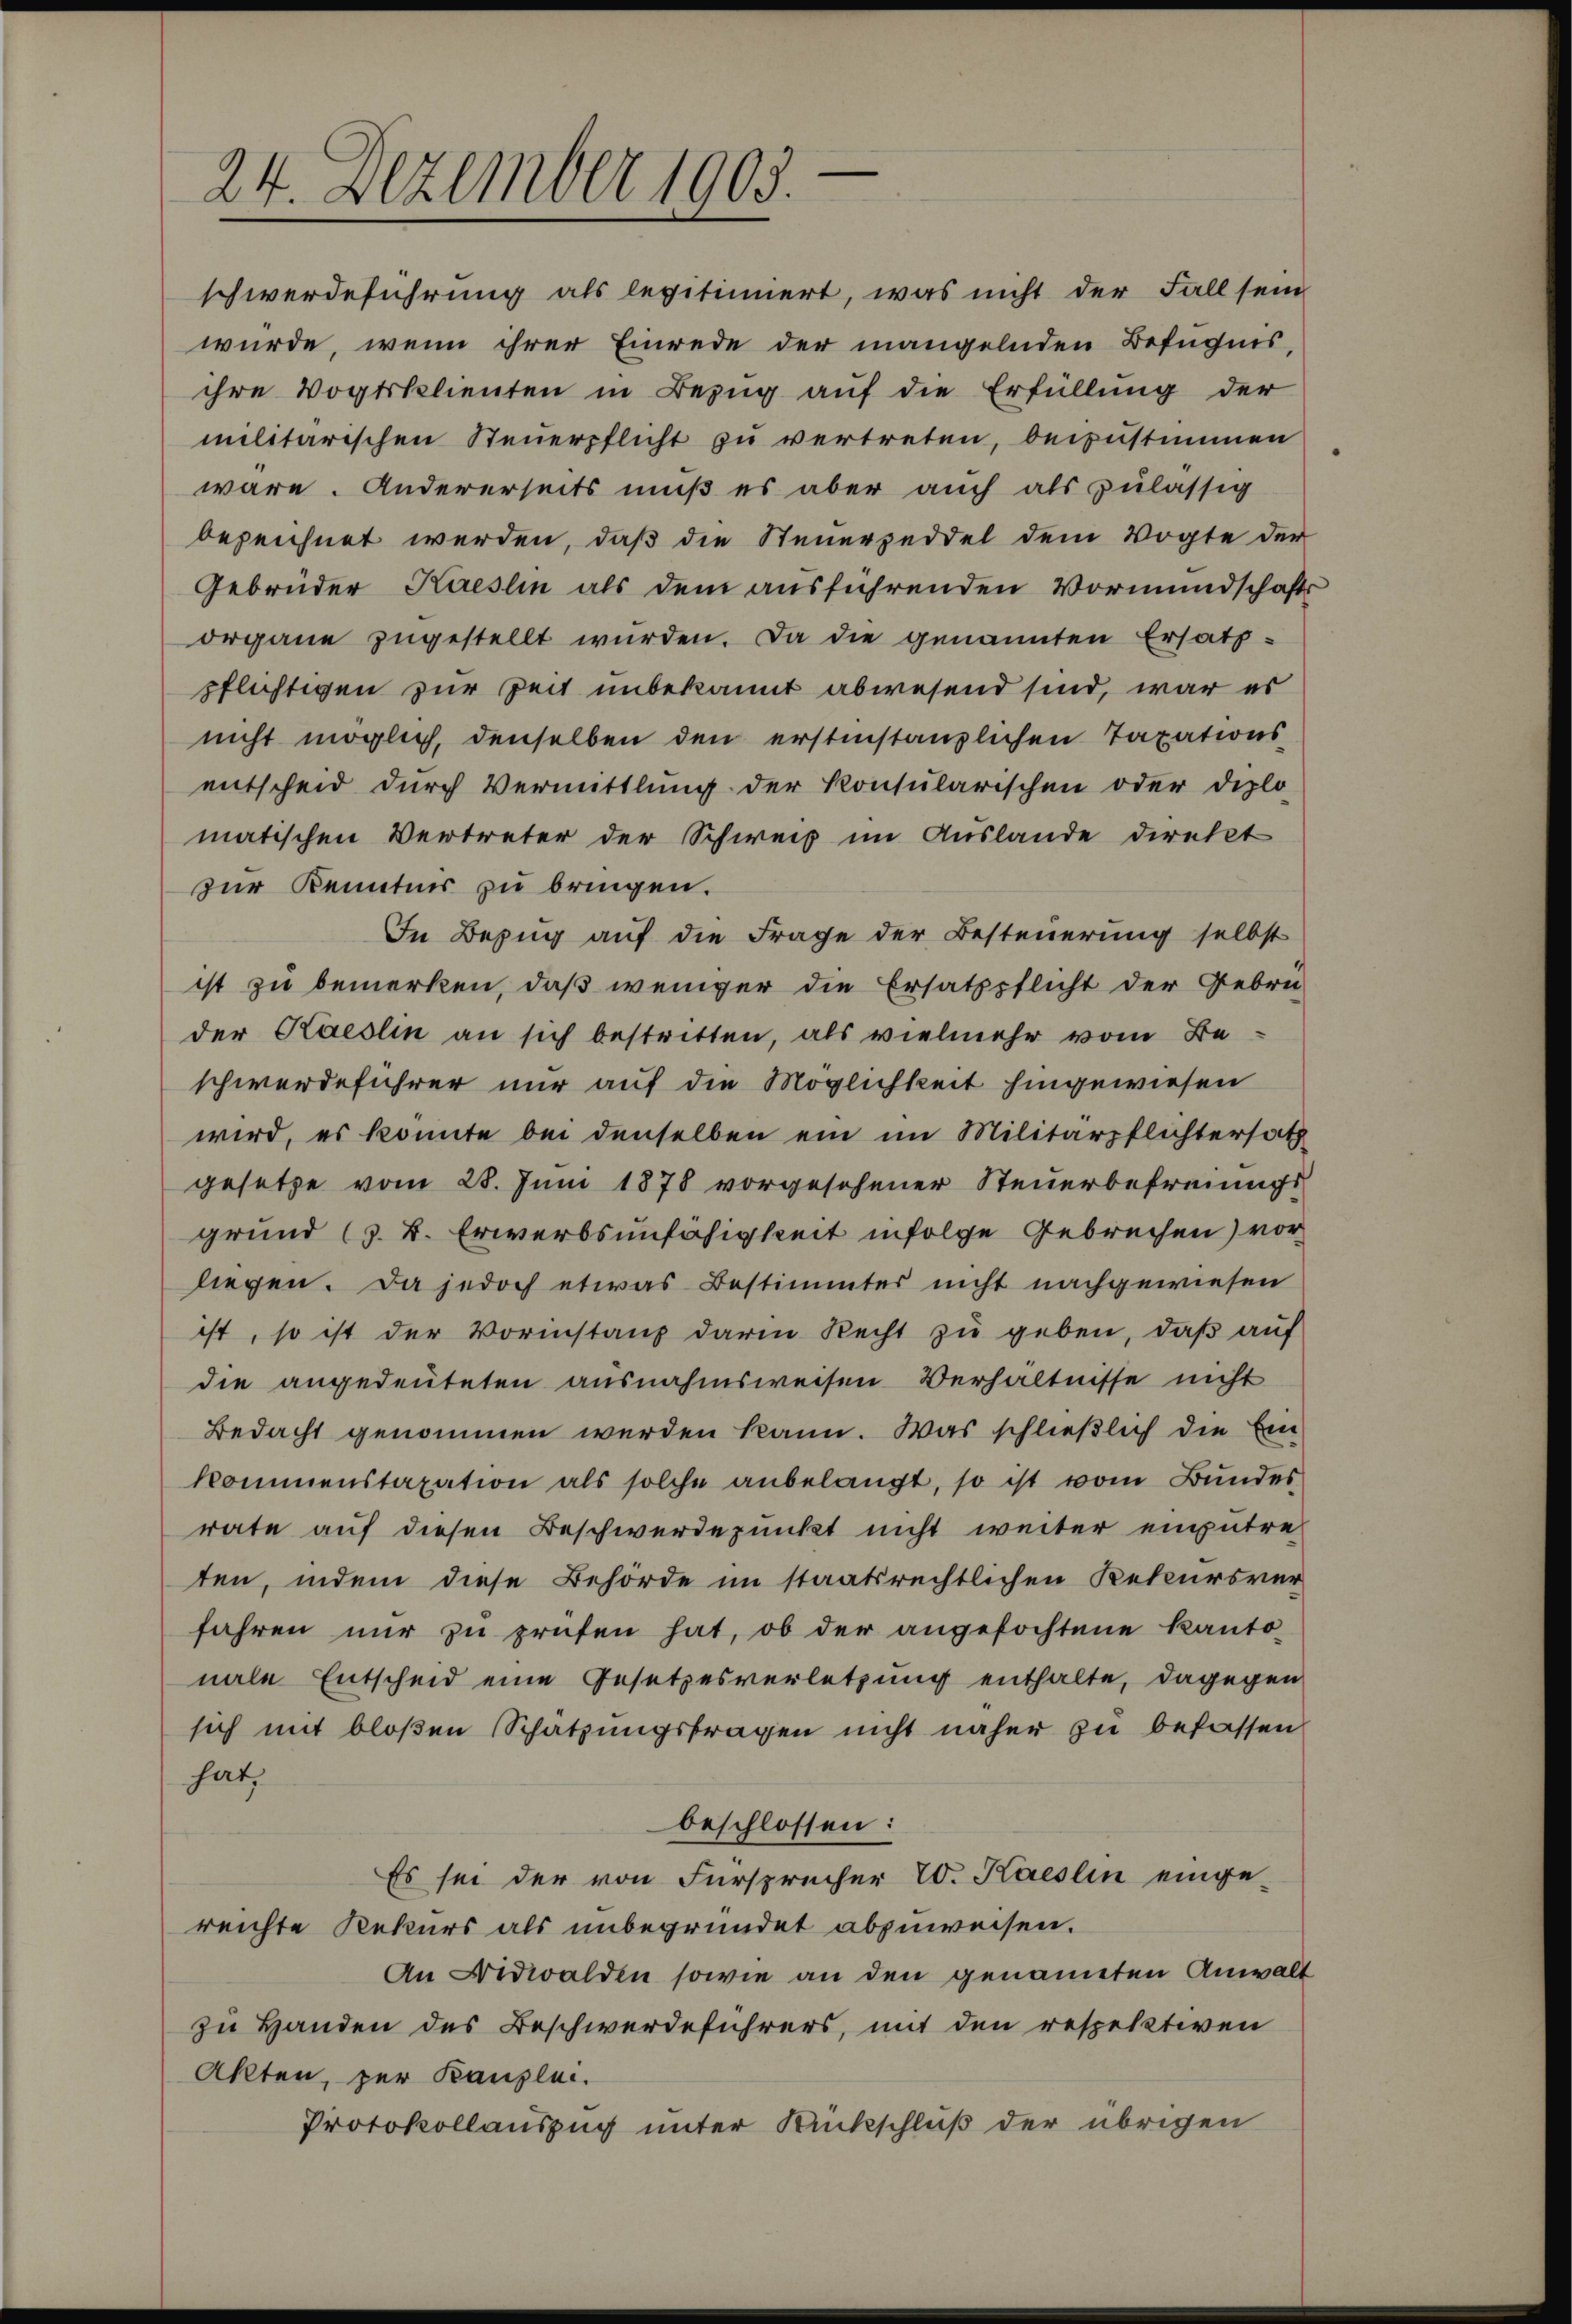
24. Dezember 1903.

schwerdeführung als legitimiert, was nicht der Fall sein
würde, wenn ihrer Einrede der mangelnden Befugnis,
ihre Vogtsklienten in Bezug auf die Erfüllung der
militärischen Steuerpflicht zu vertreten, beizustimmen
wäre. Andererseits muß es aber auch als zulässig
bezeichnet werden, daß die Steuerzeddel dem Vogte der
Gebrüder Kaeslin als dem ausführenden Vormundschaft
organe zugestellt wurden. Da die genannten Ersatz-
pflichtigen zur Zeit unbekannt abwesend sind, war es
nicht möglich, denselben den erstinstanzlichen Taxationsentscheid durch Vermittlung der Konsularischen oder Diplo
matischen Vertreter der Schweiz im Auslande direkt
zur Kenntnis zu bringen.
In Bezug auf die Frage der Besteuerung selbst
ist zu bemerken, daß weniger die Ersatzpflicht der Gebrü-
der Kaeslin an sich bestritten, als vielmehr vom Be
schwerdeführer nur auf die Möglichkeit hingewiesen
wird, es konnte bei denselben ein im Militärpflichtersatz
gesetze vom 28. Juni 1878 vorgesehener Steuerbefreiungs
grund (z. B. Erwerbsunfähigkeit infolge Gebrechen) vor
liegen. Da jedoch etwas Bestimmtes nicht nachgewiesen
ist, so ist der Vorinstanz darin Recht zu geben, daß auf
die angedeuteten ausnahmsweisen Verhältnisse nicht
Bedacht genommen werden kann. Was schließlich die Ein
kommenstaxation als solche anbelangt, so ist vom Bundes
rate auf diesen Beschwerdepunkt nicht weiter empütre-
ten, indem diese Behörde im staatsrechtlichen Rekursver
fahren nŭr zŭ prüfen hat, ob der angefochtene Kanto-
nale Entscheid eine Gesetzesverletzung enthalte, dagegen
sich mit bloßen Schatzungsfragen nicht näher zu befassen
hat,
beschlossen:
Es sei der von Fürsprücher 20. Kaeslin einge-
reichte Rekurs als unbegründet abzuweisen.
An Nidwalden sowie an den genannten Anwalt
zu Handen des Beschwerdeführers, mit den respektiven
Akten, zur Kanzlei.
Protokollauszug unter Rückschluß der übrigen

t
e